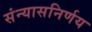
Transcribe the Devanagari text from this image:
संन्यासनिर्णय